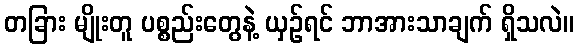
တခြား မျိုးတူ ပစ္စည်းတွေနဲ့ ယှဉ်ရင် ဘာအားသာချက် ရှိသလဲ။